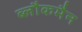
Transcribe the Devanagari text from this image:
ब्लौकमैन